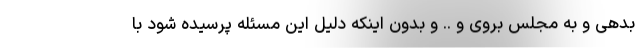
بدهی و به مجلس بروی و .. و بدون اینکه دلیل این مسئله پرسیده شود با